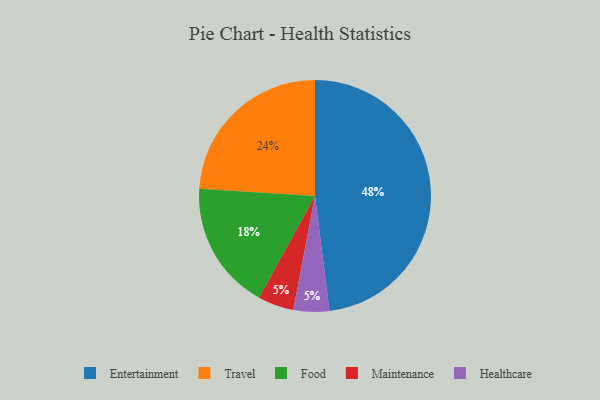
{"axis": {"x": "Category", "y": "Percentage"}, "legend": ["Entertainment", "Food", "Healthcare", "Maintenance", "Travel"], "data": [{"x": "Entertainment", "y": 48, "type": "Entertainment"}, {"x": "Food", "y": 18, "type": "Food"}, {"x": "Maintenance", "y": 5, "type": "Maintenance"}, {"x": "Healthcare", "y": 5, "type": "Healthcare"}, {"x": "Travel", "y": 24, "type": "Travel"}]}